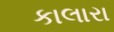
કાલારા